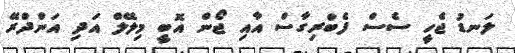
ލަނޑު ޖެހީ ސެސް ފެބްރިގާސް އާއި ޖޯން އޮބީ މިލޭލް އަދި އަންދްރޭ